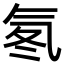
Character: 氡